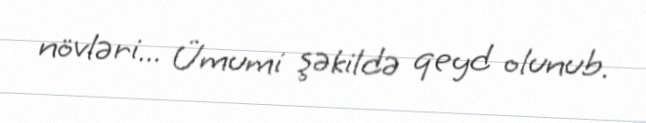
növləri... Ümumi şəkildə qeyd olunub.